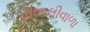
વીજલીવાળા